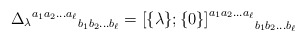
\begin{align*}{{\Delta_{\lambda}}^{a_{1}a_{2}\ldots a_{\ell}}}_{b_{1}b_{2}\ldots b_{\ell}} ={{[} {\{} \lambda {\}};{\{} 0 {\}}{]}^{a_{1}a_{2}\ldots a_{\ell}}}_{b_{1}b_{2}\ldots b_{\ell}}\end{align*}